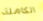
الكاملة